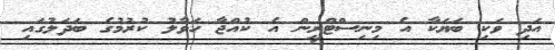
އަދި ވަކި ބަޔަކާ އެ މިނިސްޓްރީން އެ ކުއްޖާ ހަވާލު ކުރުމުގެ ބަދަލުގައި